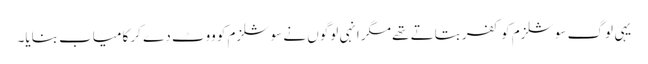
یہی لوگ سوشلزم کو کفر بتاتے تھے مگر انہی لوگوں نے سوشلزم کو ووٹ دے کر کامیاب بنایا۔